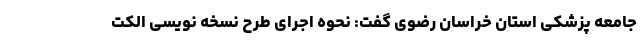
جامعه پزشکی استان خراسان رضوی گفت: نحوه اجرای طرح نسخه نویسی الکت